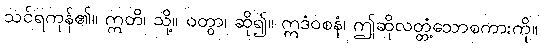
သင်ရကုန်၏။ ဣတိ၊ သို့။ ဝတွာ၊ ဆို၍။ ဣဒံဝစနံ၊ ဤဆိုလတ္တံ့သောစကားကို။